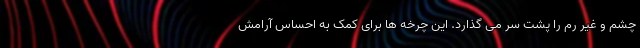
چشم و غیر رم را پشت سر می گذارد. این چرخه ها برای کمک به احساس آرامش